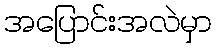
အပြောင်းအလဲမှာ